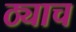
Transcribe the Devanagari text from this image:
ठ्याच